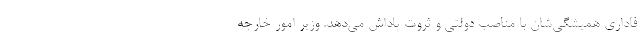
فاداری همیشگی‌شان با مناصب دولتی و ثروت پاداش می‌دهد. وزیر امور خارجه